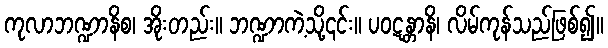
ကုလာဘဏ္ဍာနိစ၊ အိုးတည်း။ ဘဏ္ဍာကဲ့သို့၎င်း။ ပဝဋန္တာနိ၊ လိမ်ကုန်သည်ဖြစ်၍။